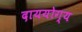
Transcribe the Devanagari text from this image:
दाययोग्य